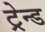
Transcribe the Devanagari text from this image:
ट्रेन्ड